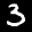
Label: 3